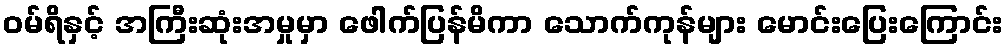
ဝမ်ရိနှင့် အကြီးဆုံးအမှုမှာ ဖေါက်ပြန်မိကာ သောက်ကုန်များ မောင်းပြေးကြောင်း